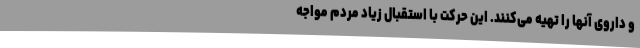
و داروی آنها را تهیه می‌کنند. این حرکت با استقبال زیاد مردم مواجه